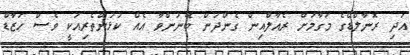
އަދި ރޮނާލްޑޯގެ މަގާމަށް ރެއާލްއިން ގެންދަން ބޭނުންވާ އެއް ކުޅުންތެރިއަކީ ވެސް ހަޒާޑް